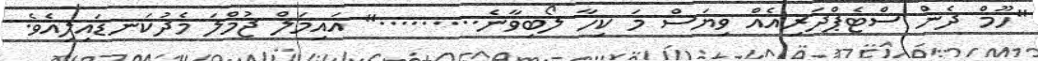
"ހޫމް ދެން ސްޓެޕްދަރިއެއް ވިޔަސް މަ ކިހާ ލޯބިވާނެ........." އައިމަލް ޖުމްލަ މެދުކަނޑައިލިއެވެ.